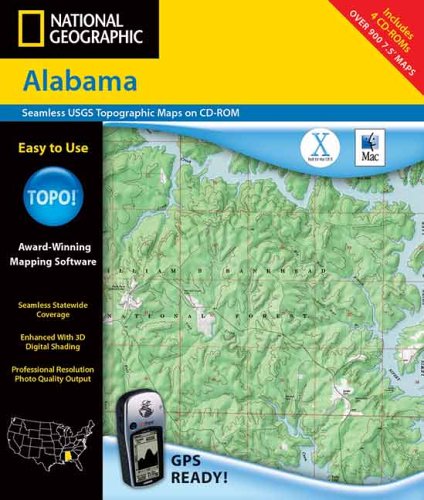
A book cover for National Geographic Topographical  Alabama; Rand McNally; Travel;